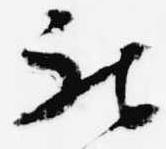
被